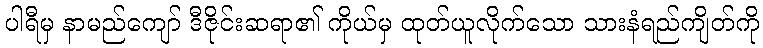
ပါရီမှ နာမည်ကျော် ဒီဇိုင်းဆရာ၏ ကိုယ်မှ ထုတ်ယူလိုက်သော သားနံရည်ကျိတ်ကို